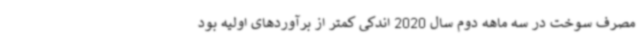
مصرف سوخت در سه ماهه دوم سال 2020 اندکی کمتر از برآوردهای اولیه بود